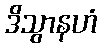
ဒိသွာနဟံ